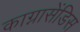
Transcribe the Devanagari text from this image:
काग्नासेंडिस